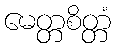
မေတ္တစိတ္တံ